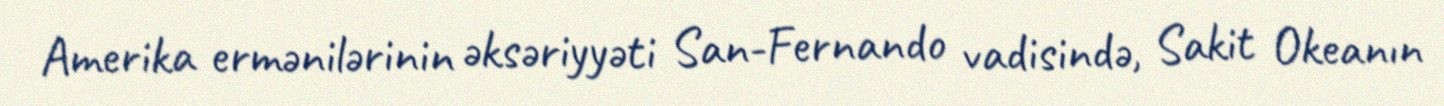
Amerika ermənilərinin əksəriyyəti San-Fernando vadisində, Sakit Okeanın